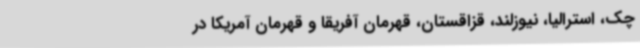
چک، استرالیا، نیوزلند، قزاقستان، قهرمان آفریقا و قهرمان آمریکا در